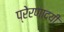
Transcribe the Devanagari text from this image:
प्रेरणादयी